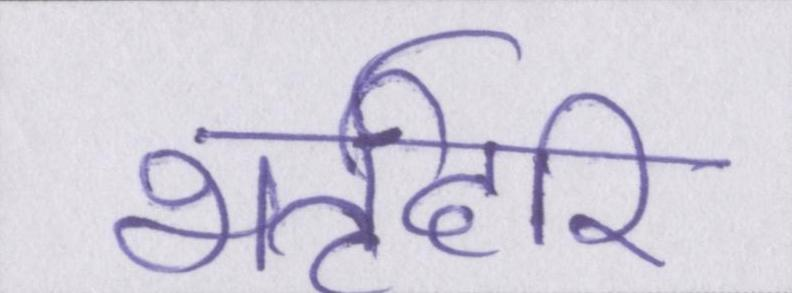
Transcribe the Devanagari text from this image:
भर्तृहरि